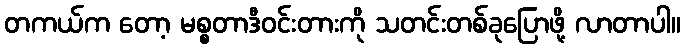
တကယ်က တော့ မစ္စတာဒီဝင်းတားကို သတင်းတစ်ခုပြောဖို့ လာတာပါ။